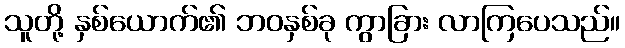
သူတို့ နှစ်ယောက်၏ ဘဝနှစ်ခု ကွာခြား လာကြပေသည်။